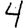
Digit: 4